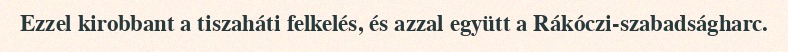
Ezzel kirobbant a tiszaháti felkelés, és azzal együtt a Rákóczi-szabadságharc.